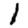
Digit: 1